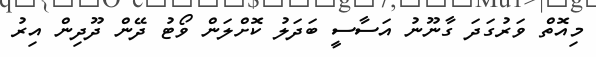
މިއޮތް ވަރުގަދަ ގާނޫނު އަސާސީ ބަދަލު ކޮށްލަން ވޯޓު ދޭން ދޫދިން އިރު